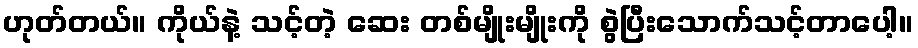
ဟုတ်တယ်။ ကိုယ်နဲ့ သင့်တဲ့ ဆေး တစ်မျိုးမျိုးကို စွဲပြီးသောက်သင့်တာပေါ့။